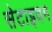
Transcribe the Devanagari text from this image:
सेटाइवम